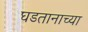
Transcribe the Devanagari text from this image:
घडतानाच्या